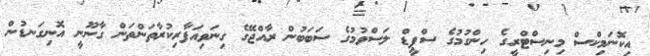
އިކޮނަމިކްސް މިނިސްޓްރީގެ ހިންގުމުގެ ސްޕީޑް ލަސްވުމުގެ ސަބަބުން ރާއްޖޭގެ ގިނަވިއަފާރިކުރާތަންތަން ގާނޫނީ އޮނިގަނޑުން